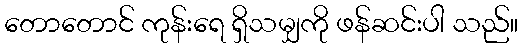
တောတောင် ကုန်းရေ ရှိသမျှကို ဖန်ဆင်းပါ သည်။